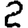
Digit: 2